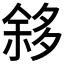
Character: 𱘧